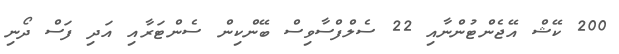
200 ކޭޝް އޭޖެންޓުންނާއި 22 ސެލްފްސާވިސް ބޭންކިން ސެންޓަރާއި އަދި ފަސް ދޯނި